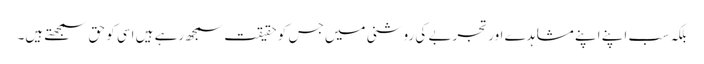
بلکہ سب اپنے اپنے مشاہدے اور تجربے کی روشنی میں جس کو حقیقت سمجھ رہے ہیں اسی کو حق سمجھتے ہیں۔